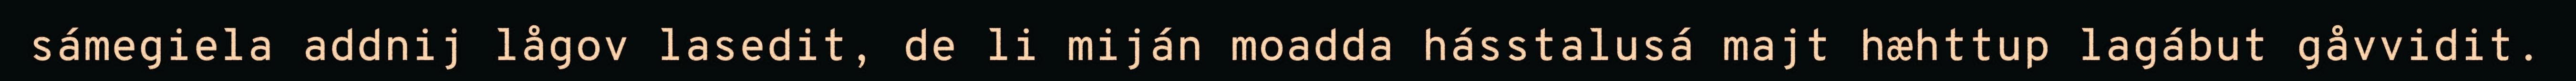
sámegiela addnij lågov lasedit, de li miján moadda hásstalusá majt hæhttup lagábut gåvvidit.